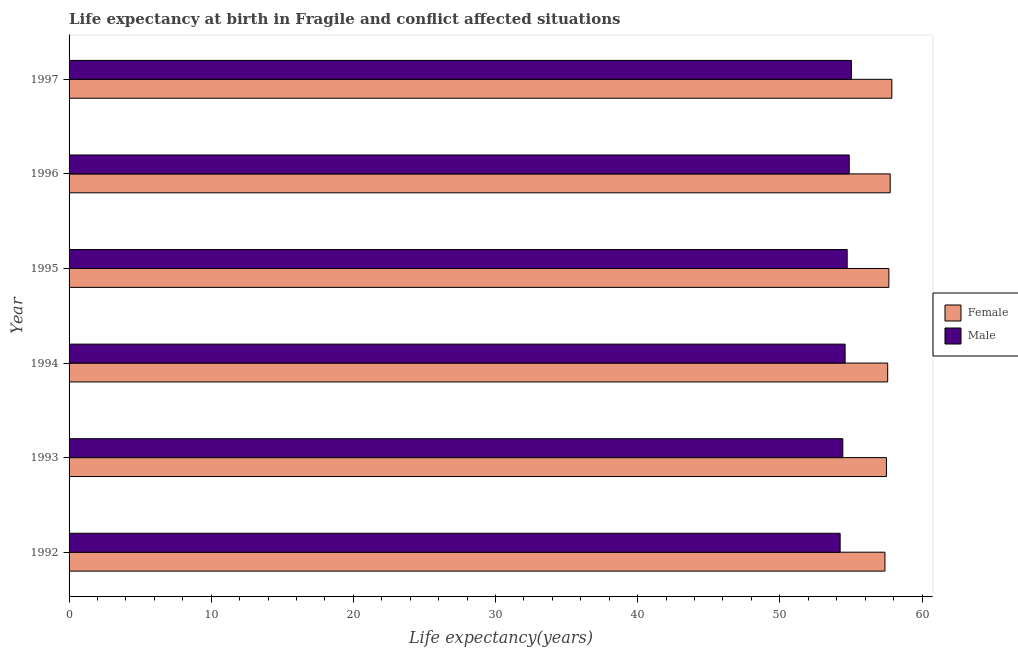
| Year | Female | Male |
 | --- | --- | --- |
 | 1992 | 57.4 | 54.2 |
 | 1993 | 57.5 | 54.4 |
 | 1994 | 57.6 | 54.6 |
 | 1995 | 57.7 | 54.7 |
 | 1996 | 57.8 | 54.9 |
 | 1997 | 57.9 | 55 |